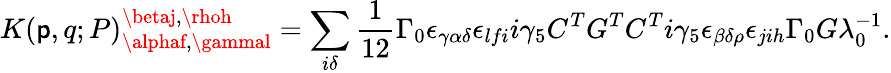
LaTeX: K(\mathsf{p},q;P)_{\alphaf,\gammal}^{\betaj,\rhoh}=\sum_{i\delta}\frac{{1}}{{12}}\Gamma_{0}\epsilon_{\gamma\alpha\delta}\epsilon_{lfi}i\gamma_{5}C^{T}G^{T}C^{T}i\gamma_{5}\epsilon_{\beta\delta\rho}\epsilon_{jih}\Gamma_{0}G\lambda_{0}^{-1}.